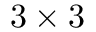
3 \times 3